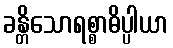
ခန္တိသောရစ္စာဓိပ္ပါယာ